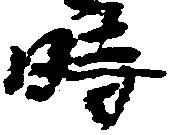
時